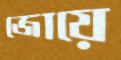
জোয়ে